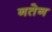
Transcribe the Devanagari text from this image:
नतेन